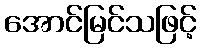
အောင်မြင်သဖြင့်